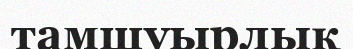
тамшуырлық